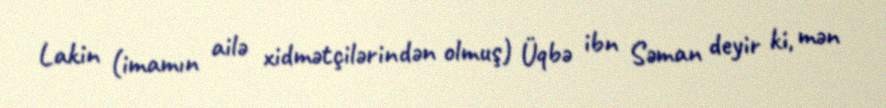
Lakin (imamın ailə xidmətçilərindən olmuş) Üqbə ibn Səman deyir ki, mən